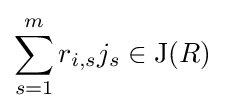
\sum _{s=1}^{m}r_{i,s}j_{s}\in \operatorname {J} (R)